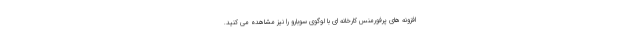
افزونه های پرفورمنس کارخانه ای با لوگوی سوبارو را نیز مشاهده می کنید.